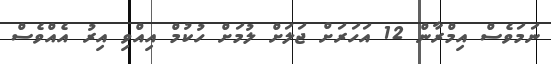
ނަމަވެސް އިމްރާން 12 އަހަރަށް ޖަލަށް ލުމަށް ހުކުމް އިއްވި އިރު އެއްވެސް